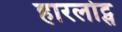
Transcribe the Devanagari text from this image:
हारलोट्स